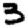
Digit: 3